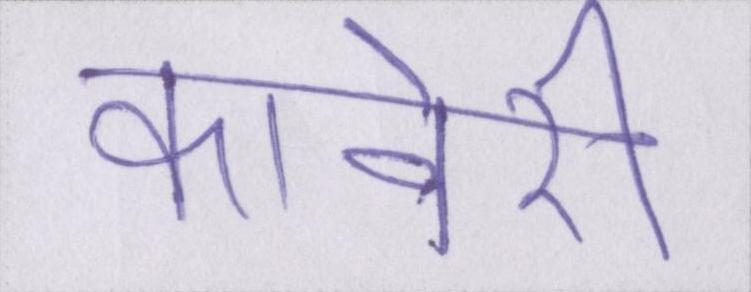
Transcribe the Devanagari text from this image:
कावेरी